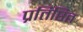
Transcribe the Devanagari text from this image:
प्रतिष्ठित